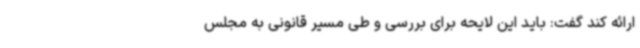
ارائه کند گفت: باید این لایحه برای بررسی و طی مسیر قانونی به مجلس